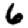
Digit: 6